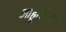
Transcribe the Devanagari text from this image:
आहूतीचा